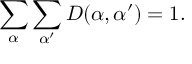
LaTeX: \sum _ { \alpha } \sum _ { \alpha ^ { \prime } } D ( \alpha , \alpha ^ { \prime } ) = 1 .